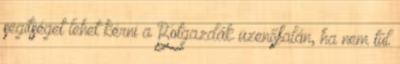
segítséget lehet kérni a Botgazdák üzenőfalán, ha nem túl